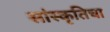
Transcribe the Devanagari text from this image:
सांस्कृतिचा